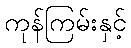
ကုန်ကြမ်းနှင့်